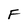
Character: F